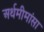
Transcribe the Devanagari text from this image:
अर्थमीमांसा